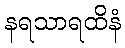
နရသာရထိနံ